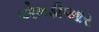
એમડીઆર